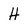
Character: H